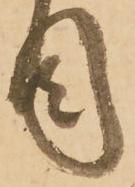
目